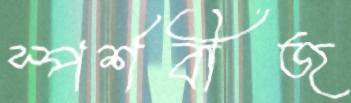
স্পর্শবীজ